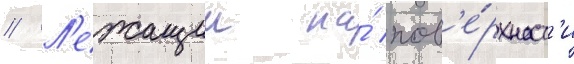
// Л'ежащии на́ пов'е́рхност'и